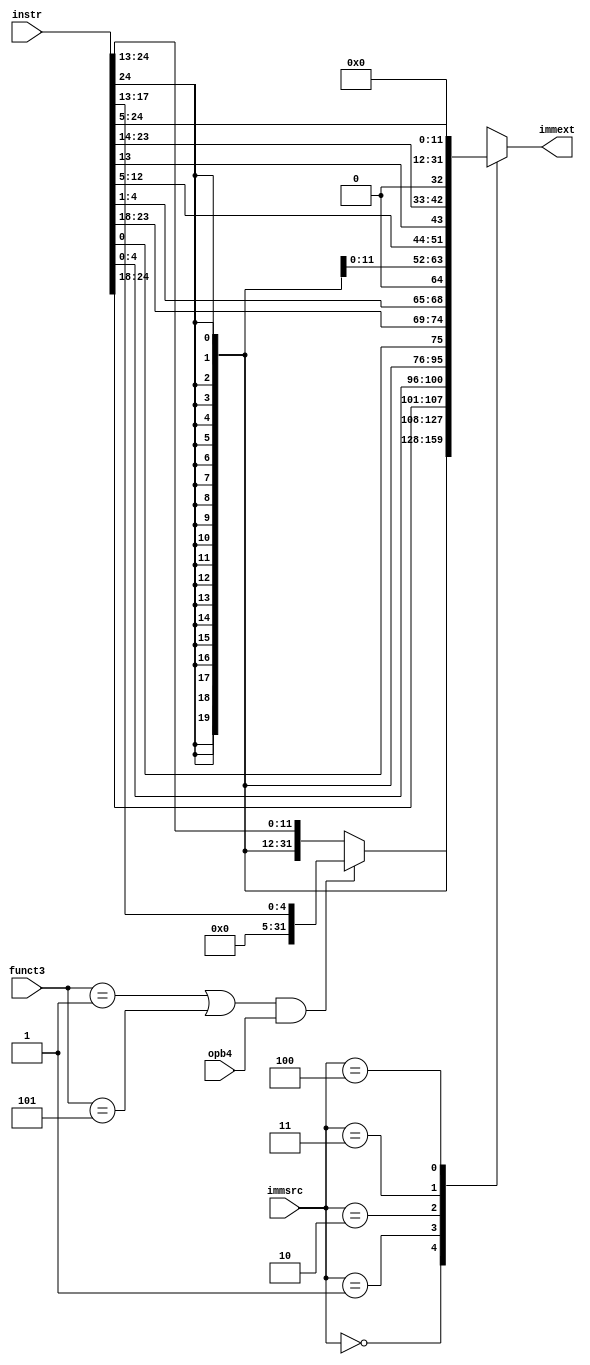
module immExtend (
	instr,
	immsrc,
	funct3,
	opb4,
	immext
);
	input wire [31:7] instr;
	input wire [2:0] immsrc;
	
	// aditional inputs
	input wire [2:0] funct3;
	input wire opb4;
	
	output reg [31:0] immext;
	always @(*)
		case (immsrc)
			3'b000:       // I type
			     if((funct3 == 3'b001 || funct3 == 3'b101) && opb4)
			         immext = {{27 {1'b0}}, instr[24:20]};      // slli, srli, srai
			     else
			         immext = {{20 {instr[31]}}, instr[31:20]};      // other I inst.
			     
			3'b001: immext = {{20 {instr[31]}}, instr[31:25], instr[11:7]};   // S type
			3'b010: immext = {{20 {instr[31]}}, instr[7], instr[30:25], instr[11:8], 1'b0};   // B type
			3'b011: immext = {{12 {instr[31]}}, instr[19:12], instr[20], instr[30:21], 1'b0}; // J type
			3'b100: immext = {instr[31:12], {12 {1'b0}}};     // U type
			
			default: immext = 32'bxxxxxxxxxxxxxxxxxxxxxxxxxxxxxxxx;
		endcase
endmodule